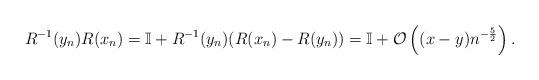
LaTeX: \begin{align*}R^{-1}(y_n) R(x_n) & = \mathbb{I} + R^{-1}(y_n) (R(x_n)-R(y_n)) = \mathbb{I} + \mathcal{O}\left((x-y) n^{-\frac{5}{2}}\right).\end{align*}